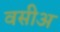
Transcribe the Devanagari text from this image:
वसीअ